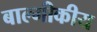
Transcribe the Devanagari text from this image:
बाल्मीकीय